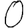
Digit: 0